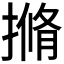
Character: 𭢎